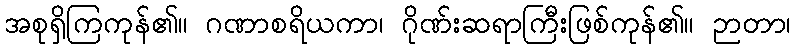
အစုရှိကြကုန်၏။ ဂဏာစရိယကာ၊ ဂိုဏ်းဆရာကြီးဖြစ်ကုန်၏။ ဉာတာ၊